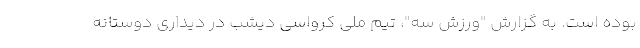
بوده است. به گزارش "ورزش سه"، تیم ملی کرواسی دیشب در دیداری دوستانه